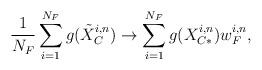
LaTeX: \begin{align*}\frac{1}{N_F}\sum^{N_F}_{i=1}g(\tilde{X}_{C}^{i,n}) \to \sum^{N_F}_{i=1}g(X_{C*}^{i,n})w_{F}^{i,n} ,\end{align*}